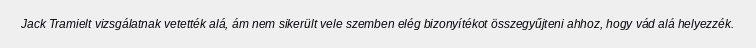
Jack Tramielt vizsgálatnak vetették alá, ám nem sikerült vele szemben elég bizonyítékot összegyűjteni ahhoz, hogy vád alá helyezzék.